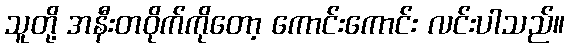
သူတို့ အနီးတဝိုက်ကိုတော့ ကောင်းကောင်း လင်းပါသည်။